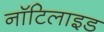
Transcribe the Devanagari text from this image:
नॉटिलाइड